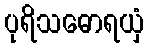
ပုရိသဓောရယှံ